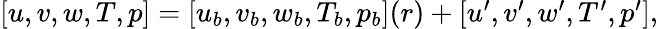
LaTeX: \begin{array}{r}{\left[u,v,w,T,p\right]=[u_{b},v_{b},w_{b},T_{b},p_{b}](r)+\left[u^{\prime},v^{\prime},w^{\prime},T^{\prime},p^{\prime}\right],}\end{array}